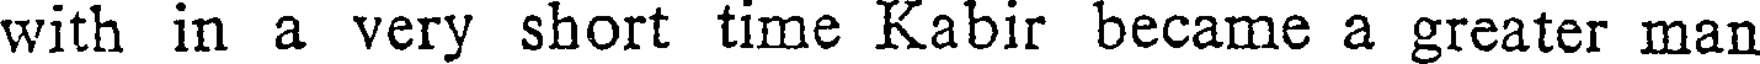
with in a very short time Kabir became a greater man